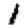
Digit: 1